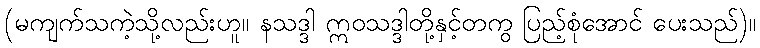
(မကျက်သကဲ့သို့လည်းဟူ။ နသဒ္ဒါ ဣဝသဒ္ဒါတို့နှင့်တကွ ပြည့်စုံအောင် ပေးသည်)။